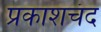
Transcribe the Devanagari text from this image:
प्रकाशचंद